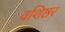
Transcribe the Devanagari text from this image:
वशिष्ठर